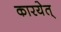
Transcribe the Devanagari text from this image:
कारयेत्‌